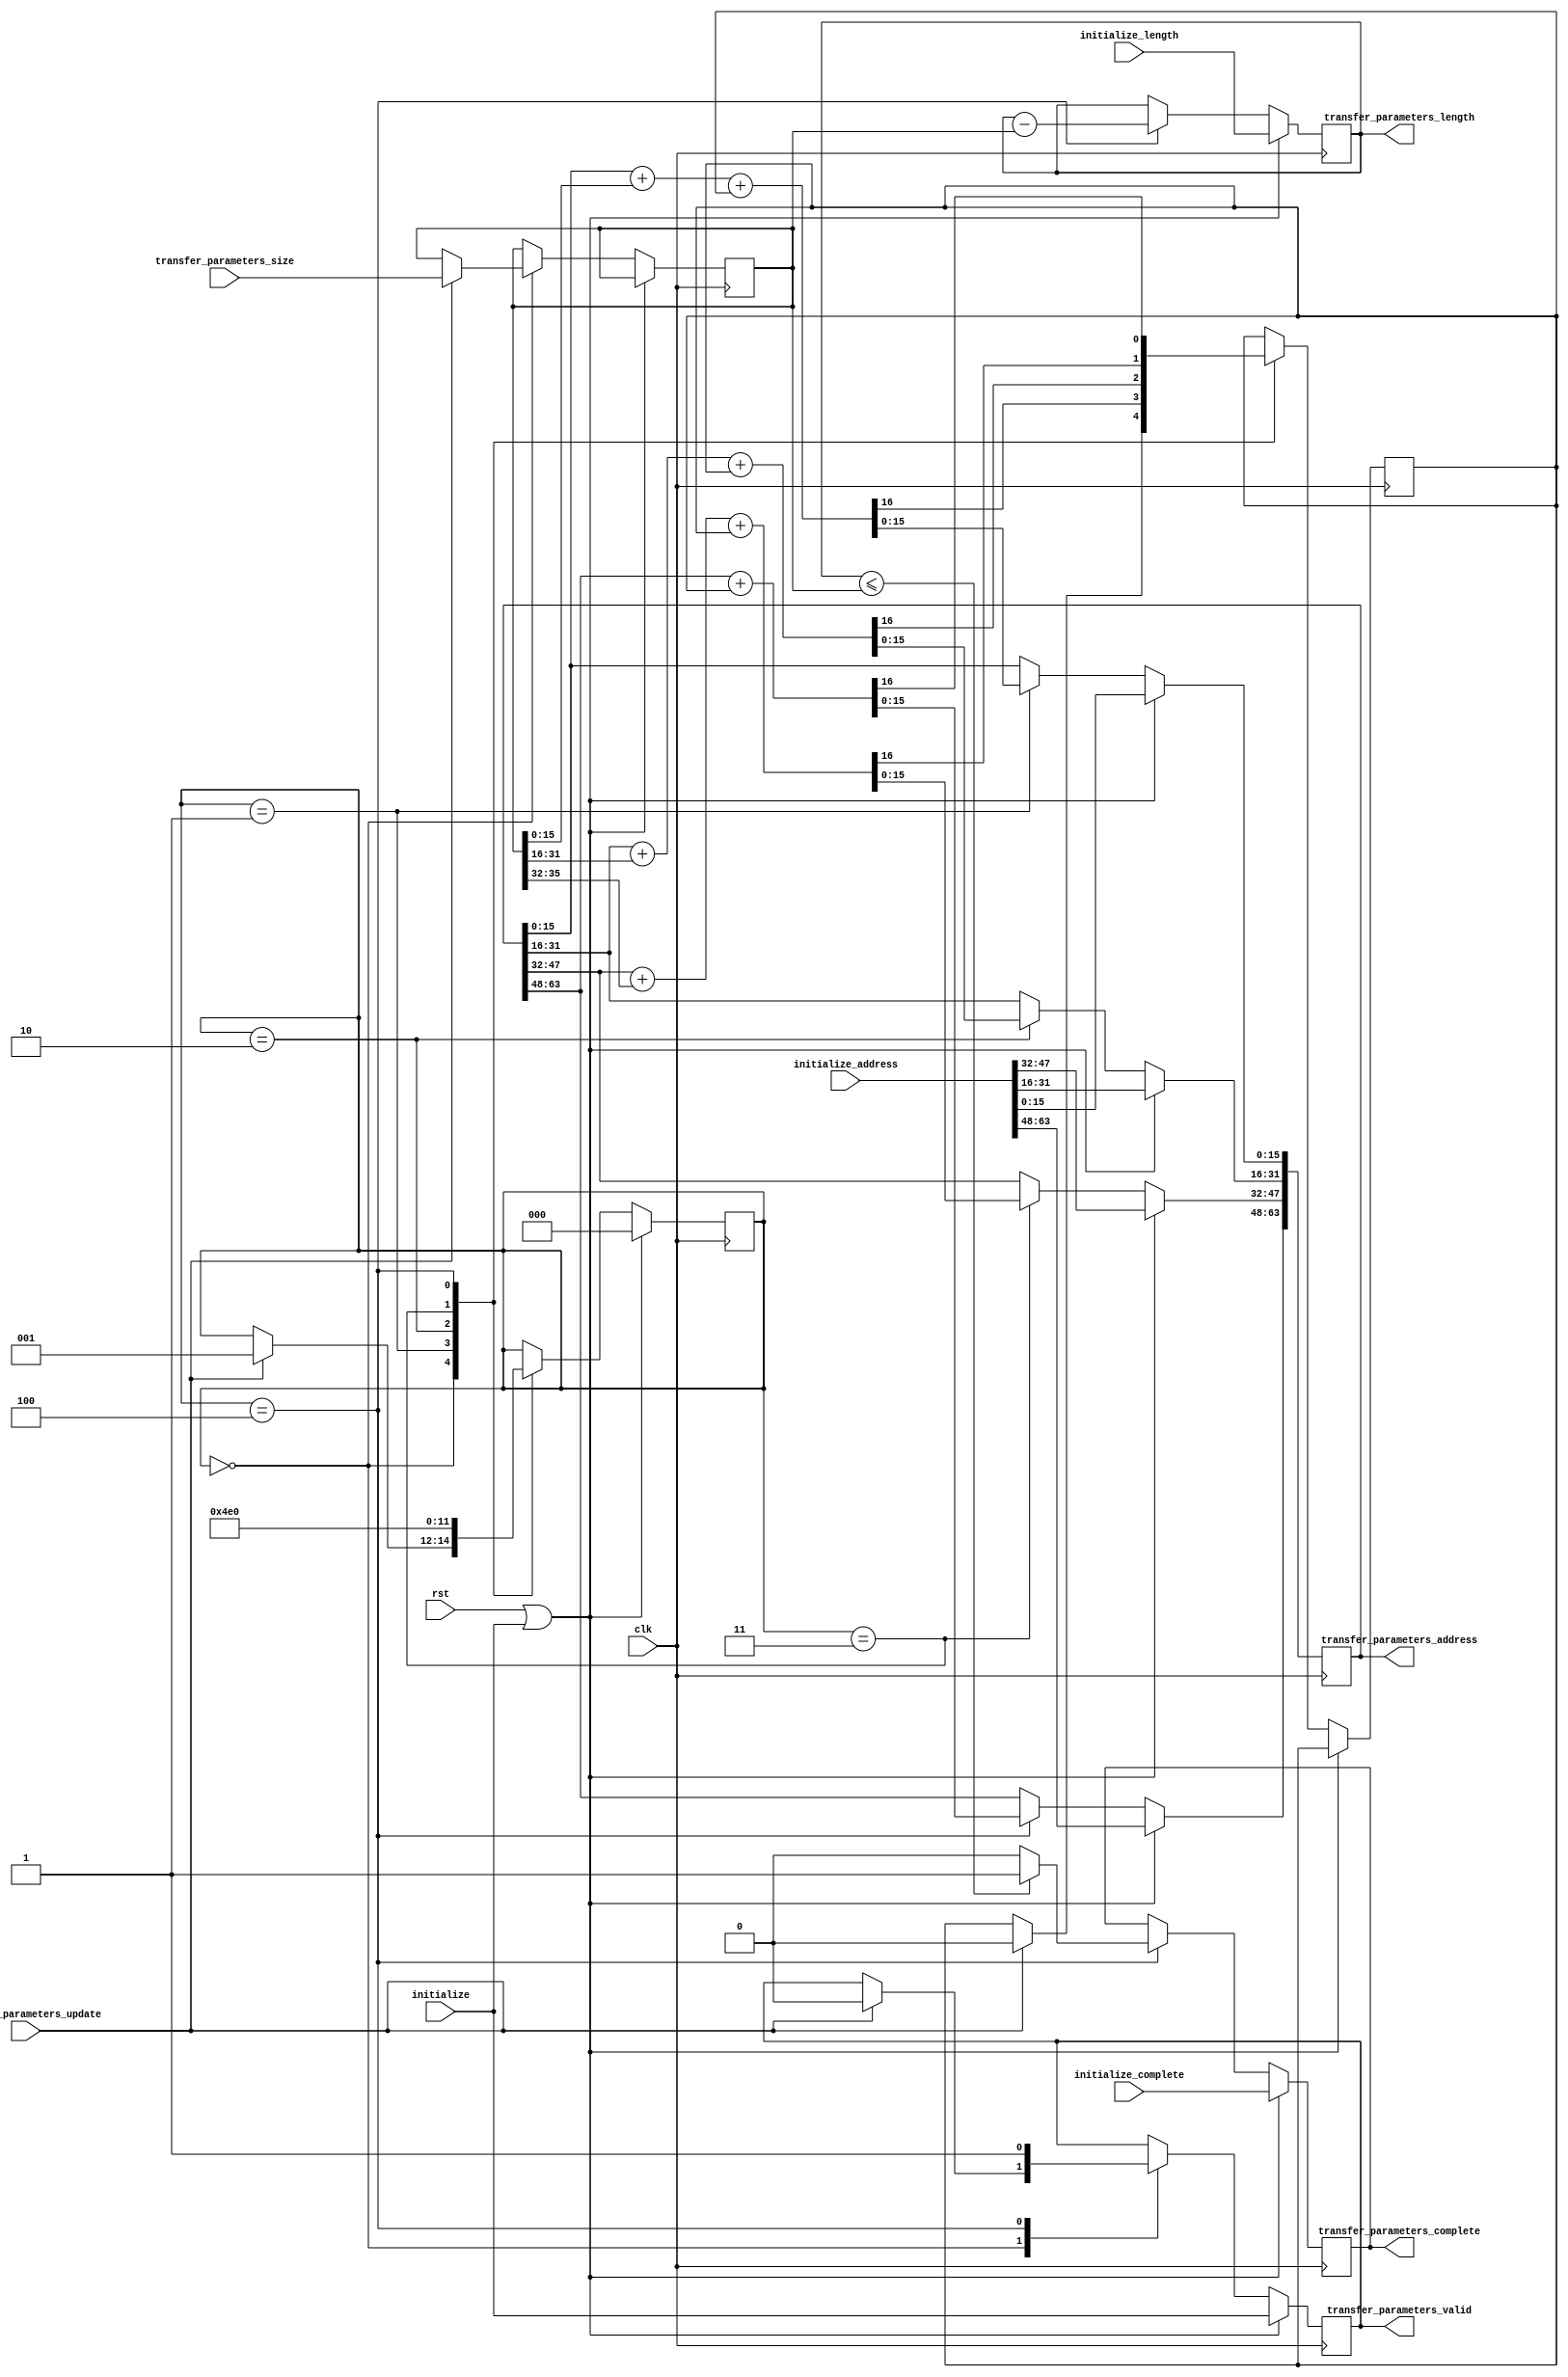
`timescale 1ns / 1ns
///////////////////////////////////////////////////////////////////////////////////////////////////////////////////////
//    
// Engineer:  
//
// Create Date:  
// Design Name:  
// Module Name:  
// Project Name: 
// Target Devices:  
// Tool versions:
// Description:  
//
// Dependencies:
//  
//   
//
// Revision:
//
//
//
//
// Additional Comments:
//
///////////////////////////////////////////////////////////////////////////////////////////////////////////////////////
module address_incrementer
(
 input clk,
 input rst,

 input              initialize,          // init parameters
 input       [63:0] initialize_address,  // starting address
 input       [35:0] initialize_length,   // total length of data
 input              initialize_complete, // all data has been fetched

 input              transfer_parameters_update,  // update signal
 input       [35:0] transfer_parameters_size,    // update amount
 output reg  [63:0] transfer_parameters_address, // output address
 output reg  [35:0] transfer_parameters_length,  // remaing length of data to be fetched
 output reg         transfer_parameters_valid,
 output reg         transfer_parameters_complete // all data has been fetched
);
 
 reg  [35:0] transfer_parameters_size_r;
 reg  [2:0]  increment_seq;
 reg         carry;

 always @(posedge clk)
 begin
  if (rst | initialize)
  begin
   transfer_parameters_address  <= initialize_address;
   transfer_parameters_length   <= initialize_length;
   transfer_parameters_valid    <= initialize;
   transfer_parameters_complete <= initialize_complete;
   increment_seq                <= 3'b000;
  end
  else
  begin
   case (increment_seq)
    3'b000 :
     begin
      if (transfer_parameters_update)
      begin
       transfer_parameters_size_r    <= transfer_parameters_size;
       transfer_parameters_valid     <= 1'b0;
       carry          <= 1'b0;
       increment_seq  <= 3'b001;
      end
     end
    3'b001 : 
     begin
      {carry,transfer_parameters_address[15:0]}  <= transfer_parameters_address[15:0] + transfer_parameters_size_r[15:0] + {15'b0,carry};
      increment_seq  <= 3'b010;
     end
    3'b010 :
     begin
      {carry,transfer_parameters_address[31:16]}  <= transfer_parameters_address[31:16] + transfer_parameters_size_r[31:16] + {15'b0,carry};
      increment_seq  <= 3'b011;
     end
    3'b011 :
     begin
      {carry,transfer_parameters_address[47:32]}  <= transfer_parameters_address[47:32] + {12'b0,transfer_parameters_size_r[35:32]} + {15'b0,carry};
      increment_seq  <= 3'b100;
     end
    3'b100 :
     begin
      {carry,transfer_parameters_address[63:48]}  <= transfer_parameters_address[63:48] + {15'b0,carry};
      transfer_parameters_valid      <= 1'b1;
      transfer_parameters_length     <= transfer_parameters_length - transfer_parameters_size_r;
      transfer_parameters_complete   <= (transfer_parameters_length <= transfer_parameters_size_r) ? 1'b1 : 1'b0;
      increment_seq  <= 3'b000;
     end
   endcase
  end
 end
endmodule